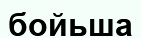
бойьша